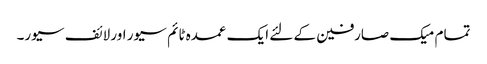
تمام میک صارفین کے لئے ایک عمدہ ٹائم سیور اور لائف سیور۔